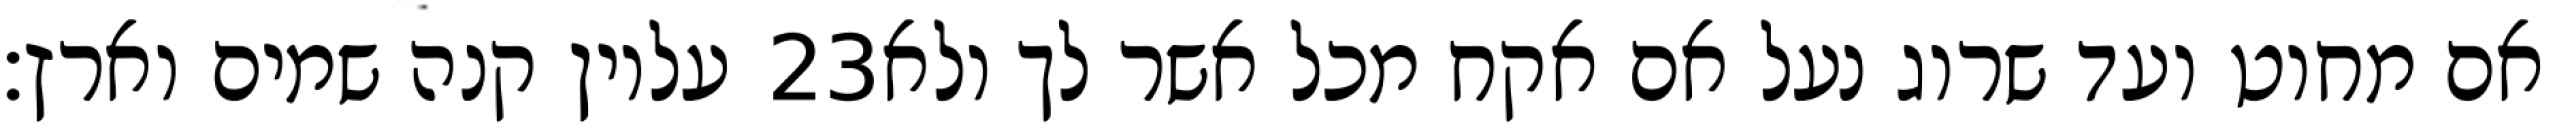
עליון קנה שמים וארץ׃ ‎23‏ אם מחוט ועד שרוג נעל אם אקח מכל אשר לך ולא